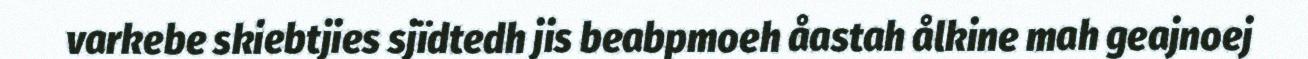
varkebe skiebtjies sjïdtedh jis beabpmoeh åastah ålkine mah geajnoej